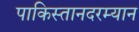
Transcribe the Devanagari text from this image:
पाकिस्तानदरम्यान